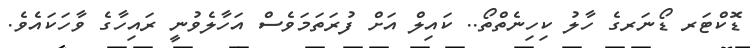
ޑޮކްޓަރ ޑޯނަރގެ ހާލު ކިހިނެތްތޯ.. ކައިލް އަށް ފުރަތަމަވެސް އަހާލެވުނީ ރައިހާގެ ވާހަކައެވެ.